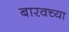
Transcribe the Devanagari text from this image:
बारवच्या